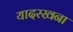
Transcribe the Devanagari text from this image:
यादरखना